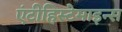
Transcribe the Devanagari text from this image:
एंटीहिस्टेमाइन्स